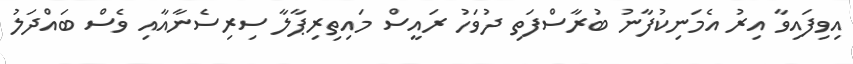
އިވިފައިވާ އިރު އެމަނިކުފާނު ބުރާސްފަތި ދުވަހު ރައީސް މައިތިރިޕާލާ ސިރިސެނާއާއި ވެސް ބައްދަލު